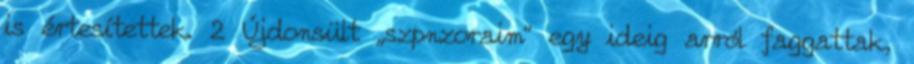
is értesítettek. 2 Újdonsült „szpnzoraim” egy ideig arról fag­gattak,